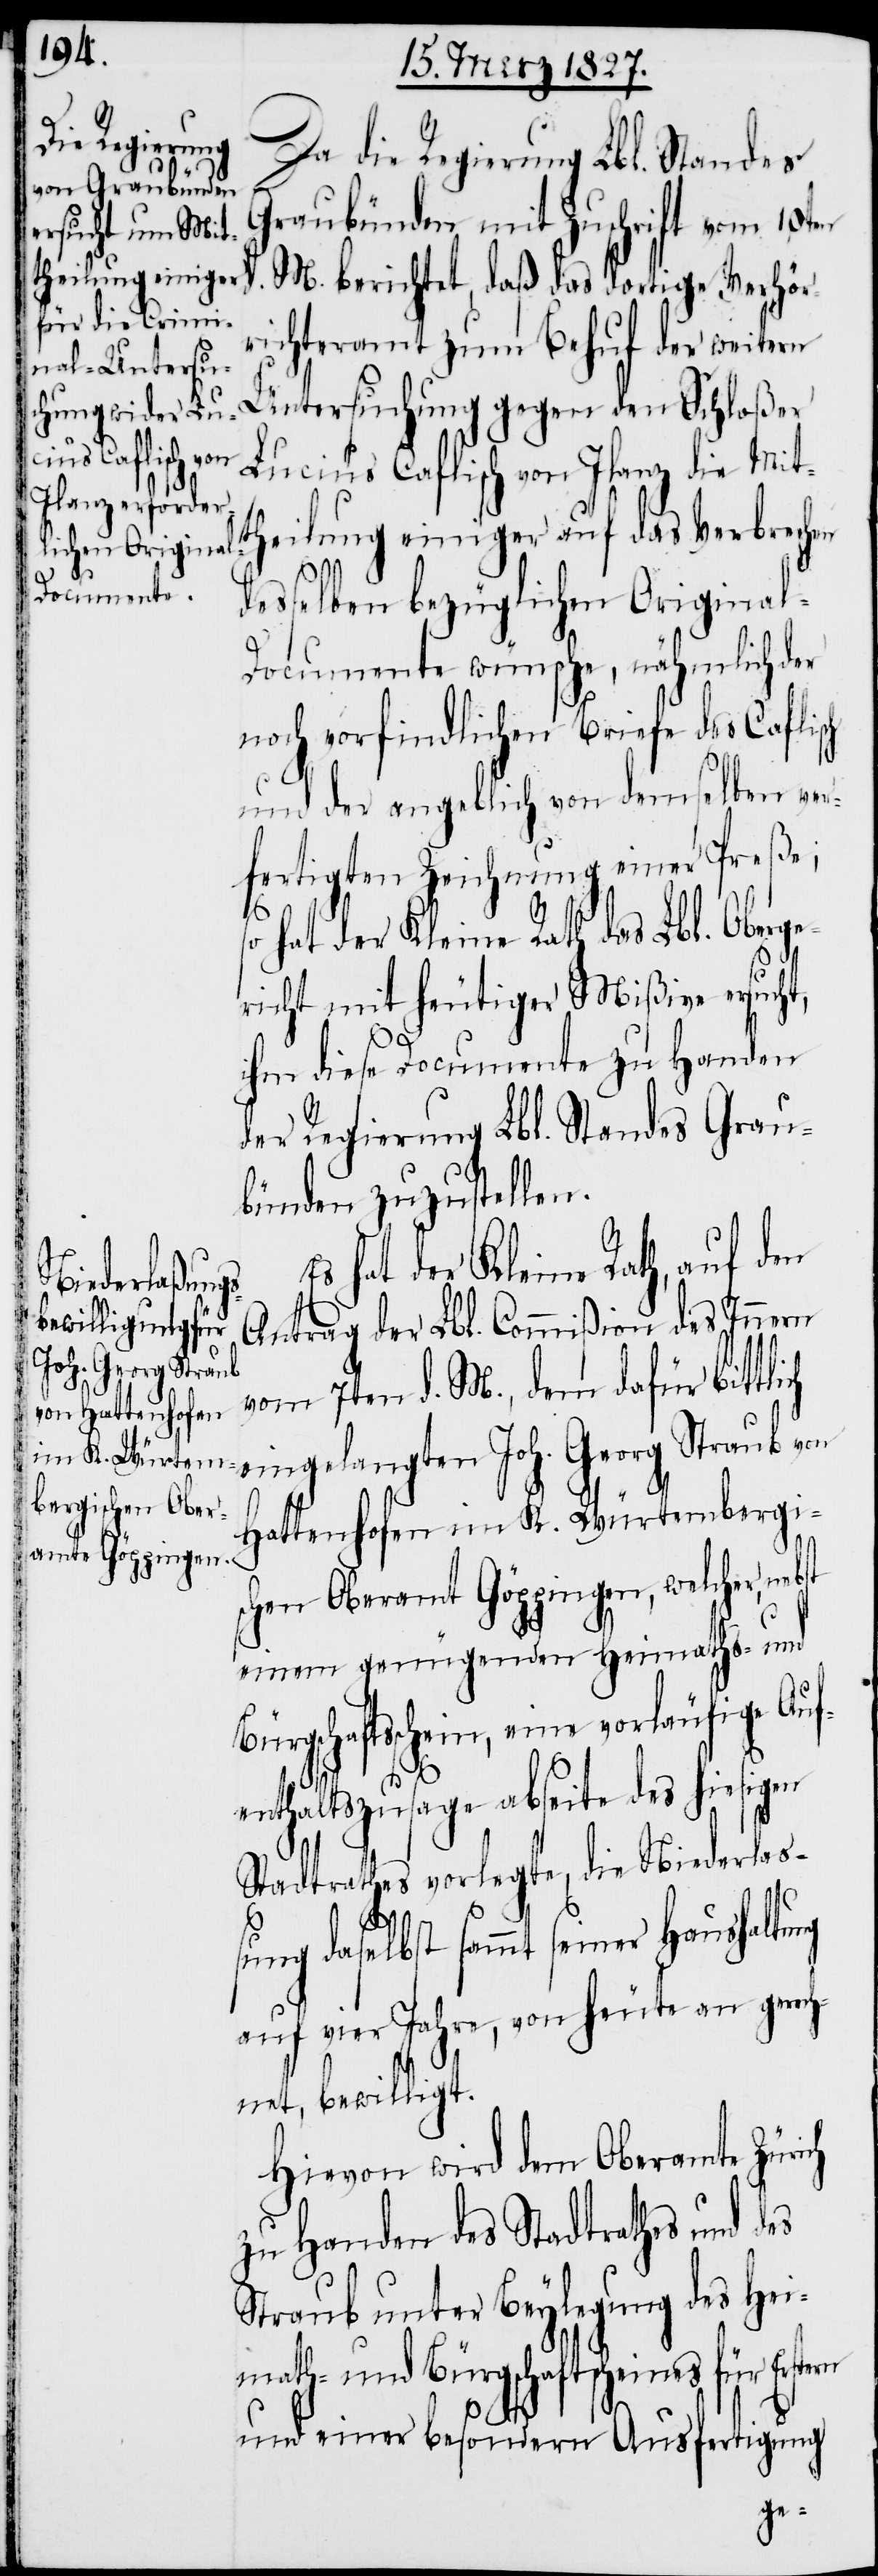
Da die Regierung Lbl. Standes
Graubünden mit Zuschrift vom 10ten
M. berichtet, daß das dortige Verhör¬
richteramt zum Behuf der weitern
Untersuchung gegen den Schloßer
nd Bürgschaft¬
Lucius Caflisch von Ilanz die Mitt¬
heilung einiger auf das Verbrechen
desselben bezüglichen Original-D¬
ocumente wünsche, nähmlich der
noch vorfindlichen Briefe des Caflisch
und der angeblich von demselben ver¬
fertigten Zeichnung einer Preße;
o hat der Kleine Rath das Lbl. Oberge¬
richt mit heutiger Mißive ersucht,
ihm diese Documente zu Handen
der Regierung Lbl. Standes Grau¬
bünden zuzustellen.
Es hat der Kleine Rath, auf
Antrag der Lbl. Commißion des Innern
vom 7ten d. M., dem dafür bittli¬
ch eingelangten Joh. Georg Straub von
Hattenhofen im K. Würtembergi¬
schen Oberamt Göppingen, welcher,
einem genügenden Heimaths- u¬
sschein, eine vorläufige Au¬
ng
fenthaltszusage abseite des hiesigen
Stadtrathes vorlegte, die Niederlaß¬
ung daselbst sammt seiner Haushaltu¬
auf vier Jahre, von heute an gerech¬
net, bewilligt.
Hievon wird dem Oberamte Zürich
zu Handen des Stadtrathes und des
Straub unter Beylegung des Hei¬
math- und Bürgschaftsscheines für Erstern
und einer besondern Ausfertigung